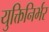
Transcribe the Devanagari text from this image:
युक्तिनिर्भर